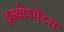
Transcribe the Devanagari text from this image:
इक्वीपमेंटस